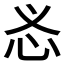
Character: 𱝿